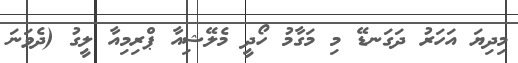
މިދިޔަ އަހަރު ދަގަނޑޭ މި މަގާމު ހޯދީ މެލޭޝިއާ ޕްރިމިއާ ލީގު (ދެވަނަ